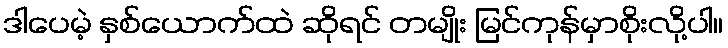
ဒါပေမဲ့ နှစ်ယောက်ထဲ ဆိုရင် တမျိုး မြင်ကုန်မှာစိုးလို့ပါ။